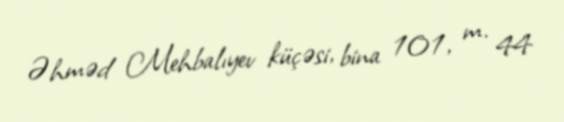
Əhməd Mehbalıyev küçəsi, bina 101, m. 44